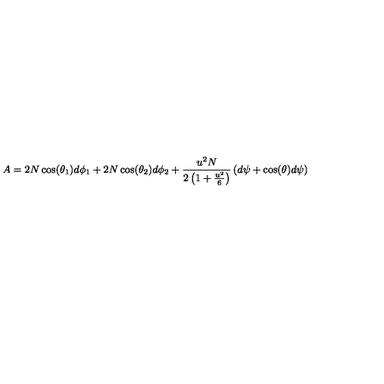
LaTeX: A = 2 N \cos ( \theta _ { 1 } ) d \phi _ { 1 } + 2 N \cos ( \theta _ { 2 } ) d \phi _ { 2 } + \frac { u ^ { 2 } N } { 2 \left( 1 + \frac { u ^ { 2 } } { 6 } \right) } \left( d \psi + \cos ( \theta ) d \psi \right)